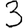
Digit: 3